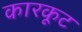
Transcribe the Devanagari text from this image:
कारकूट